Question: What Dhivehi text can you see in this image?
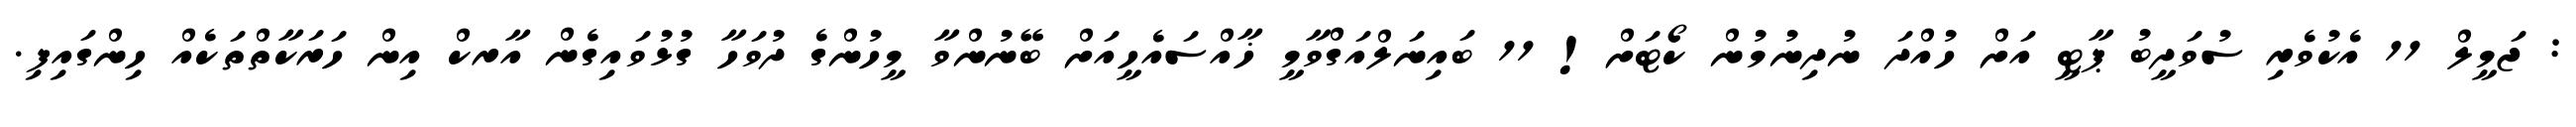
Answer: : ޖަމީލް 11 އެކުވެރި ސުވަދީބު ޕާޓީ އަށް ހުއްދަ ނުދިނުމުން ކޯޓަށް! 11 ބައިނަލްއަގްވާމީ ޚާއްސައެހީއަށް ބޭނުންވާ މީހުންގެ ދުވަހާ ގުޅުވައިގެން އާރކް އިން ހަރަކާތްތަކެއް ހިންގައިފި.